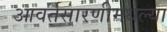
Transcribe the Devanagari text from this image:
आवर्तसारणीमधल्या